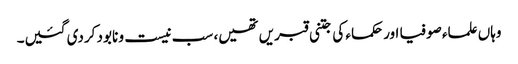
وہاں علماء صوفیا اور حکماء کی جتنی قبریں تھیں، سب نیست و نابود کردی گئیں۔